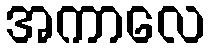
အကာလေ